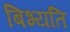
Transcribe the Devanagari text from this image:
बिभ्यति